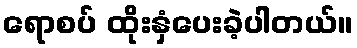
ရောစပ် ထိုးနှံပေးခဲ့ပါတယ်။